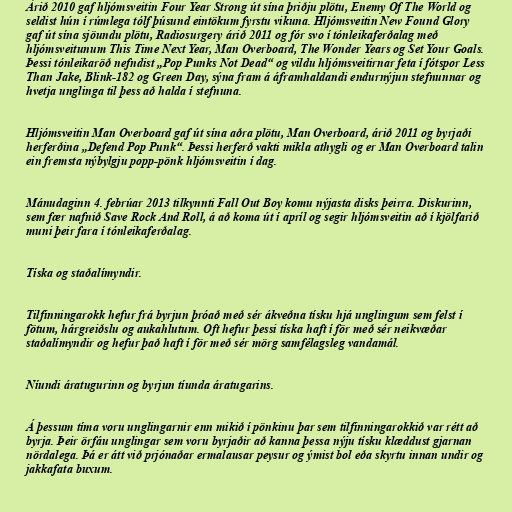
Árið 2010 gaf hljómsveitin Four Year Strong út sína þriðju plötu, Enemy Of The World og
seldist hún í rúmlega tólf þúsund eintökum fyrstu vikuna. Hljómsveitin New Found Glory
gaf út sína sjöundu plötu, Radiosurgery árið 2011 og fór svo í tónleikaferðalag með
hljómsveitunum This Time Next Year, Man Overboard, The Wonder Years og Set Your Goals.
Þessi tónleikaröð nefndist „Pop Punks Not Dead“ og vildu hljómsveitirnar feta í fótspor Less
Than Jake, Blink-182 og Green Day, sýna fram á áframhaldandi endurnýjun stefnunnar og
hvetja unglinga til þess að halda í stefnuna.

Hljómsveitin Man Overboard gaf út sína aðra plötu, Man Overboard, árið 2011 og byrjaði
herferðina „Defend Pop Punk“. Þessi herferð vakti mikla athygli og er Man Overboard talin
ein fremsta nýbylgju popp-pönk hljómsveitin í dag.

Mánudaginn 4. febrúar 2013 tilkynnti Fall Out Boy komu nýjasta disks þeirra. Diskurinn,
sem fær nafnið Save Rock And Roll, á að koma út í apríl og segir hljómsveitin að í kjölfarið
muni þeir fara í tónleikaferðalag.

Tíska og staðalímyndir.

Tilfinningarokk hefur frá byrjun þróað með sér ákveðna tísku hjá unglingum sem felst í
fötum, hárgreiðslu og aukahlutum. Oft hefur þessi tíska haft í för með sér neikvæðar
staðalímyndir og hefur það haft í för með sér mörg samfélagsleg vandamál.

Níundi áratugurinn og byrjun tíunda áratugarins.

Á þessum tíma voru unglingarnir enn mikið í pönkinu þar sem tilfinningarokkið var rétt að
byrja. Þeir örfáu unglingar sem voru byrjaðir að kanna þessa nýju tísku klæddust gjarnan
nördalega. Þá er átt við prjónaðar ermalausar peysur og ýmist bol eða skyrtu innan undir og
jakkafata buxum.